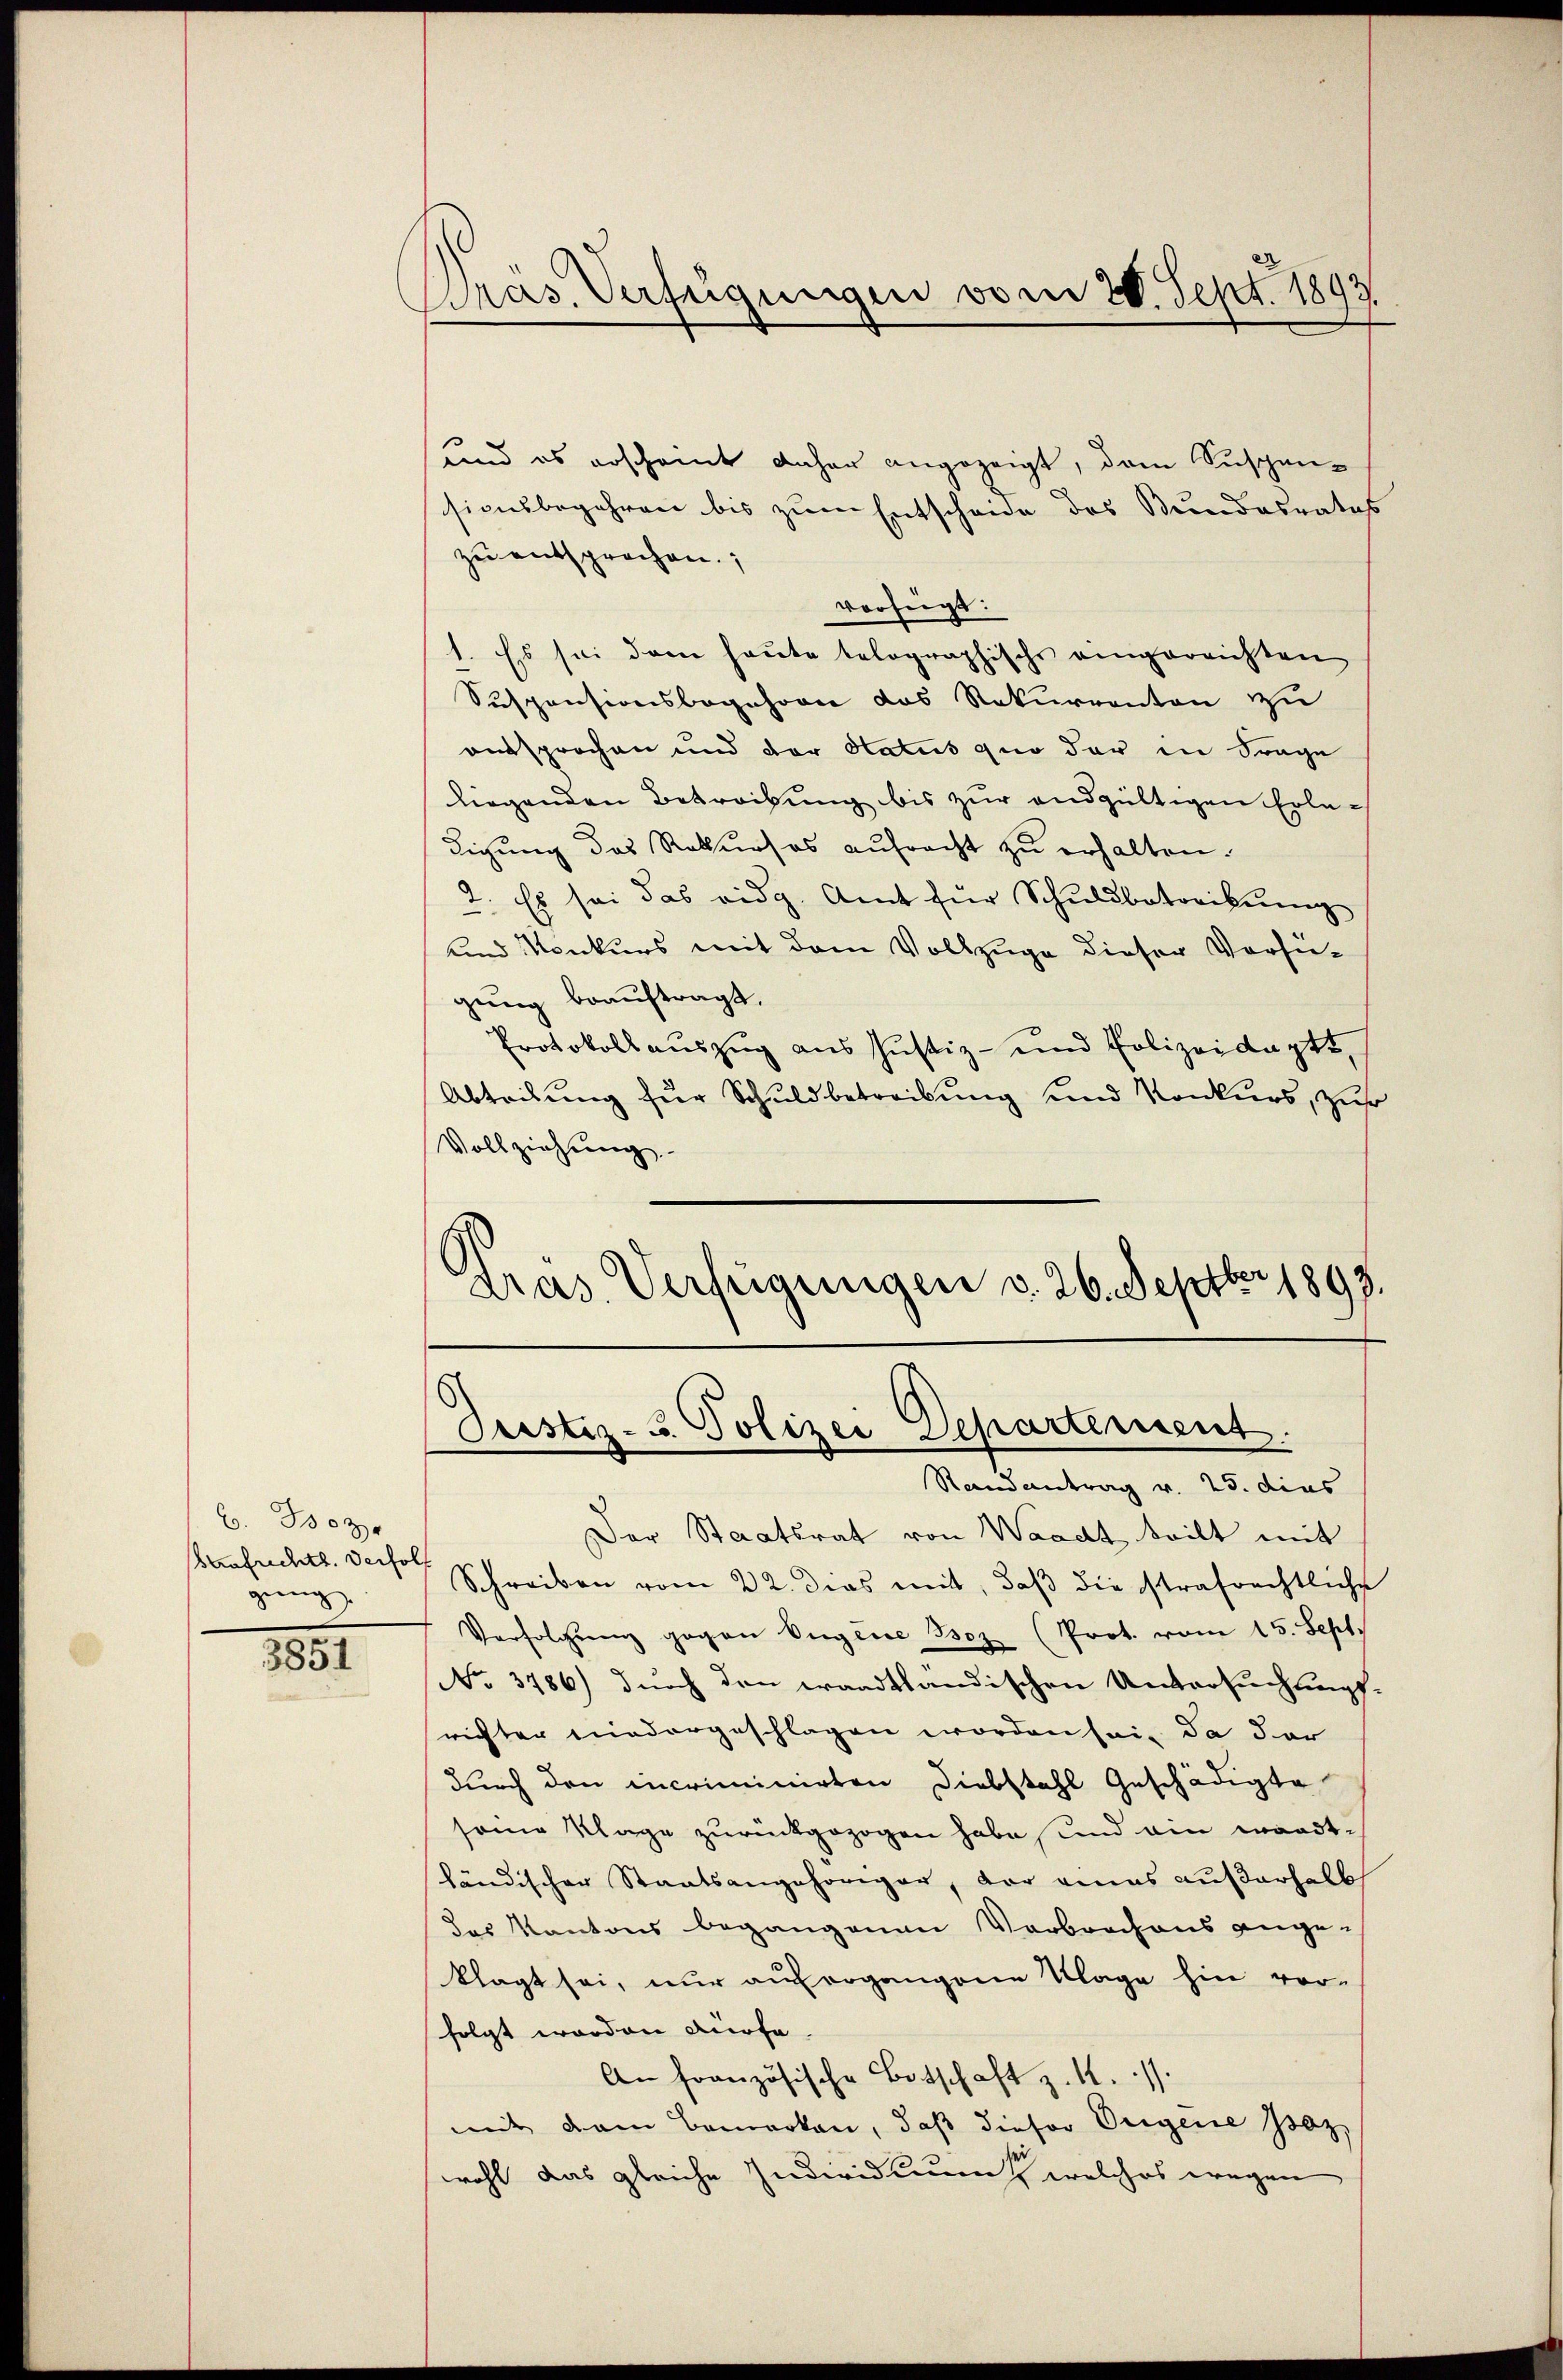
C. 303.
Brafrichts. Derholf
gung

3851

Bras. Verfügungen vom 20. Sept. 1893
.

und es erscheint daher angezeigt, dem Suspen-
sionsbegehren bis zum Entscheide des Bundesrates
zu entsprochen.
verfügt:
1. Es sei dem heute telographische eingereichten
Suspensionsbegehren das Rekurrenten zu
aussprochen und der Status quo der in Frage
liegenden Betreibung bis zur endgültigen Erledigung das Rekurses aufracht zu erhalten.
2. Es sei das eidg. Amt für Schŭldbotorikŭng
und Konkurs mit dem Vollzuge dieser Versugung beauftragt,
Protokollauszug aus Justiz- und Polizeidaptt,
Abteilung für Schuldbetreibung und Konkurs, zur
Vollziehung
s
dras Verfügungen v. 26. Septbr 1893

Randantrag v. 25. dies
Der Staatsrat von Waadt teilt mit
Schreiben vom 22. dies mit, daß die strafrechtliche
Verfolgŭng gegen Ingene Boz (Prot. vom 15. Sept.
No. 3786) durch den waadtländischen Untersuchungs-
richter niedergeschlagen worden sei, da dar
durch den incriminirten Diebstahl Geschädigte
sene Klage zurückgezogen habe, und ein wardt-
ländischer Staatsangehöriger, vor eines außerhalb
das Kantons begangenen Verbrochens ange-
klagt sei, nur aufergangene Klage hin vor-
folgt worden dürfe
An französische Botschaft z. R. /.
mit dem Bemerken, daß dieser Weigene soz
wohl das gleiche Individuums welches wegen

Drestiz- u. Polizei Departement.